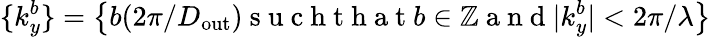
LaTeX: \{ k_{y}^{b}\} =\left\{ b(2\pi/D_{\mathrm{out}})\mathrm{~s~u~c~h~t~h~a~t~}b\in\mathbb{Z}\mathrm{~a~n~d~}|k_{y}^{b}|<2\pi/\lambda\right\}